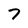
Character: 7